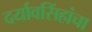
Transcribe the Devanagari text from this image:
दर्यावसिंहांचा